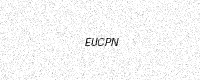
Text: EUCPN